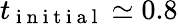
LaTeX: t_{\mathrm{~i~n~i~t~i~a~l~}}\simeq 0.8